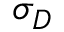
\sigma _ { D }